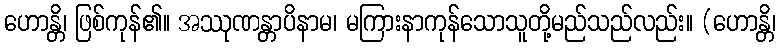
ဟောန္တိ၊ ဖြစ်ကုန်၏။ အဿုဏန္တာပိနာမ၊ မကြားနာကုန်သောသူတို့မည်သည်လည်း။ (ဟောန္တိ၊